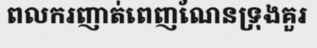
ពលករញាត់ពេញណែនទ្រុងគួរ